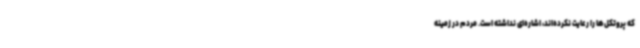
که پروتکل‌ها را رعایت نکرده‌اند، اشاره‌ای نداشته است. مردم در زمینه